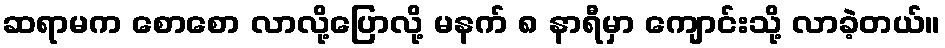
ဆရာမက စောစော လာလို့ပြောလို့ မနက် ၈ နာရီမှာ ကျောင်းသို့ လာခဲ့တယ်။